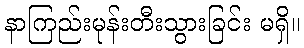
နာကြည်းမုန်းတီးသွားခြင်း မရှိ။